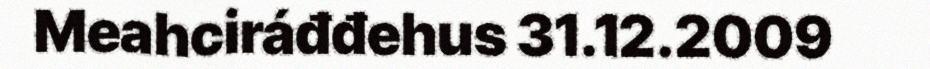
Meahciráđđehus 31.12.2009